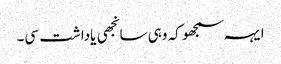
ایہہ سمجھو کہ وہی سانجھی یاداشت سی۔